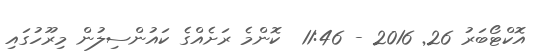
އޮކްޓޯބަރު 26